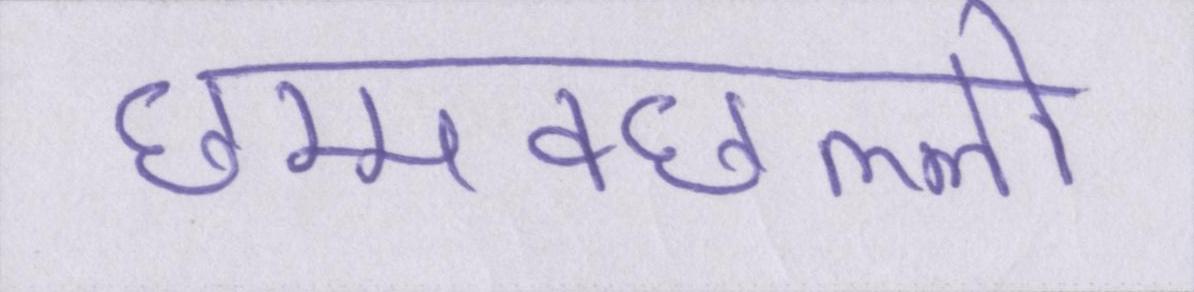
छम्मक्छल्लो